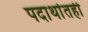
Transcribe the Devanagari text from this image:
पदार्थातही